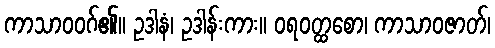
ကာသာဝဝဂ်၏။ ဥဒါနံ၊ ဥဒါန်းကား။ ဝရဝတ္ထစော၊ ကာသာဝဇာတ်၊